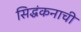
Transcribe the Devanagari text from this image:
सिद्धंकनाची